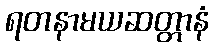
ရတနာမယဆတ္တာနံ